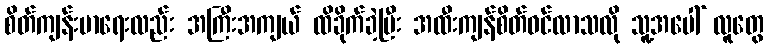
စိတ်ကျန်းမာရေးလည်း အကြီးအကျယ် ထိခိုက်ခဲ့ပြီး အထီးကျန်စိတ်ဝင်လာသလို သူ့အပေါ် လူတွေ